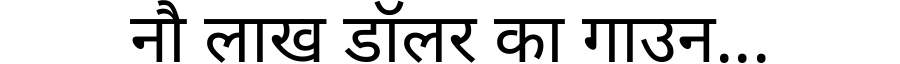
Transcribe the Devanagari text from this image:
नौ लाख डॉलर का गाउन...